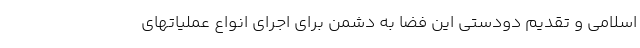
اسلامی و تقدیم دودستی این فضا به دشمن برای اجرای انواع عملیاتهای